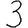
Digit: 3